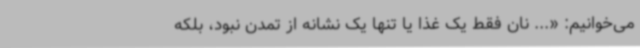
می‌خوانیم: «... نان فقط یک غذا یا تنها یک نشانه از تمدن نبود، بلکه